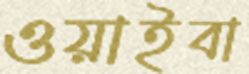
ওয়াইবা